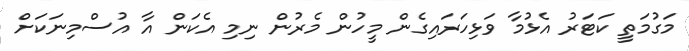
މަގުމަތީ ކަޓަރު އެޅުމާ ވަޅިހަރައިގެން މީހުން މެރުން ނިމި އެކަން އާ އުސްމިނަކަށް